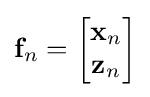
\mathbf {f} _{n}={\begin{bmatrix}\mathbf {x} _{n}\\\mathbf {z} _{n}\end{bmatrix}}